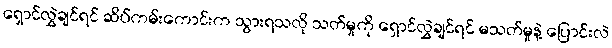
ရှောင်လွှဲချင်ရင် ဆိပ်ကမ်းကောင်းက သွားရသလို သတ်မှုကို ရှောင်လွှဲချင်ရင် မသတ်မှုနဲ့ ပြောင်းလဲ